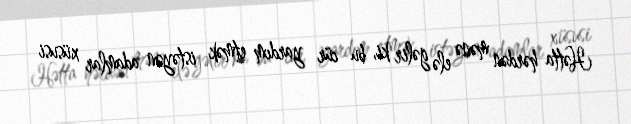
Hətta hərdən mənə elə gəlir ki, bu cür yardım etmək istəyən adamlar xüsusi